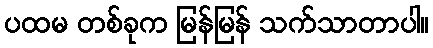
ပထမ တစ်ခုက မြန်မြန် သက်သာတာပါ။